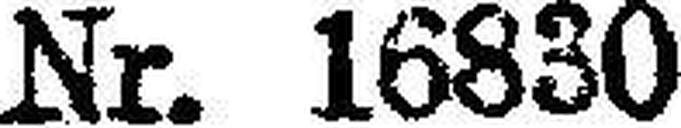
Nr. 16830